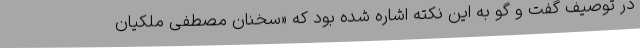
در توصیف گفت و گو به این نکته اشاره شده بود که «سخنان مصطفی ملکیان